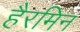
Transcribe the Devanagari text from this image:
हैरमिन